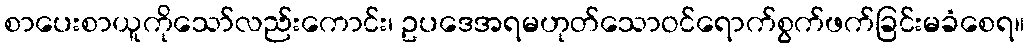
စာပေးစာယူကိုသော်လည်းကောင်း၊ ဥပဒေအရမဟုတ်သောဝင်ရောက်စွက်ဖက်ခြင်းမခံစေရ။